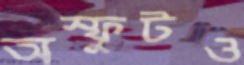
অস্ফুটও